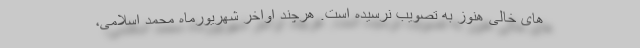
های خالی هنوز به تصویب نرسیده است. هرچند اواخر شهریورماه محمد اسلامی،